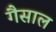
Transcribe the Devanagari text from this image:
गैसाल